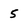
Character: 5